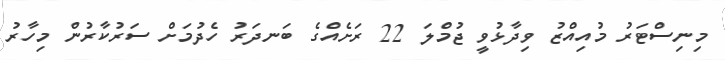
މިނިސްޓަރު މުއިއްޒު ވިދާޅުވީ ޖުމްލަ 22 ރަށެއްގެ ބަނދަރު ހެދުމަށް ސަރުކާރުން މިހާރު